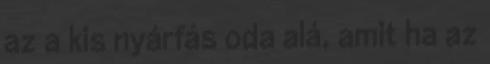
az a kis nyárfás oda alá, amit ha az